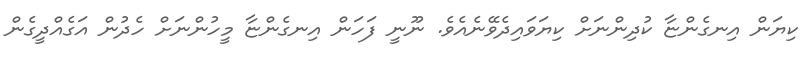
ކިޔަން އިނގެންޏާ ކުދިންނަށް ކިޔަވައިދެވޭނެއެވެ. ނޫނީ ފަހަން އިނގެންޏާ މީހުންނަށް ހެދުން އަގެއްދީގެން